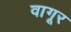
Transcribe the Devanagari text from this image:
वागूर